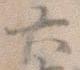
六